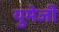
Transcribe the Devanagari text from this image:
युमेजी